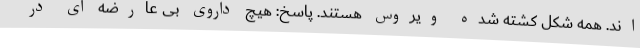
اند. همه شکل کشته شده ویروس هستند. پاسخ: هیچ داروی بی عارضه ای در